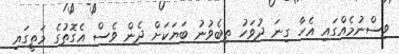
ވިސްނުމެއްގައި އެހާ ގިނަ ދުވަހު ތިބެވުނު ބަޔަކަށް ދެން ވެސް އެގޮތުގެ މަތީގައި